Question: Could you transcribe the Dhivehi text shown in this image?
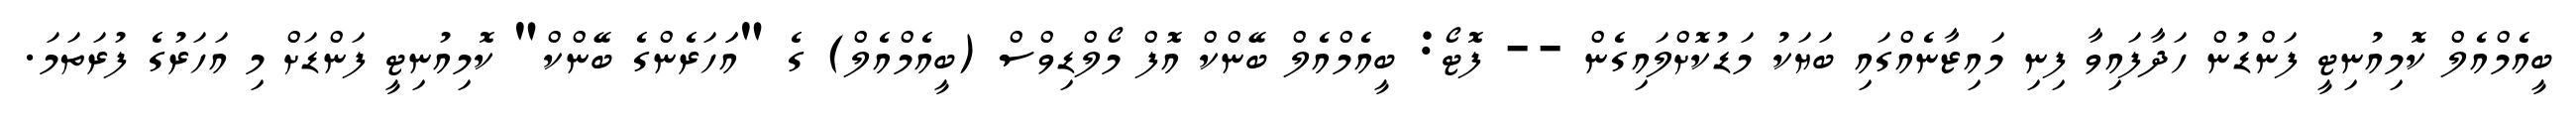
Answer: ބީއެމްއެލް ކޮމިއުނިޓީ ފަންޑުން ހަދާފައިވާ ފިނި މައިޒާނެއްގައި ބަޔަކު މަޑުކޮށްލައިގެން -- ފޮޓޯ: ބީއެމްއެލް ބޭންކް އޮފް މޯލްޑިވްސް (ބީއެމްއެލް) ގެ "އަަހަރެންގެ ބޭންކް" ކޮމިއުނިޓީ ފަންޑަށް މި އަހަރުގެ ފުރަތަމަ.